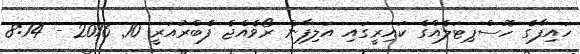
ހައިފާގެ ހޮސްޕިޓަލެއްގެ ކައިރީގައި އަލިފާން ރޯވެއްޖެ ފެބްރުއަރީ 10